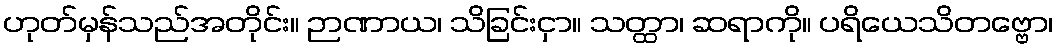
ဟုတ်မှန်သည်အတိုင်း။ ဉာဏာယ၊ သိခြင်းငှာ။ သတ္ထာ၊ ဆရာကို။ ပရိယေသိတဗ္ဗော၊